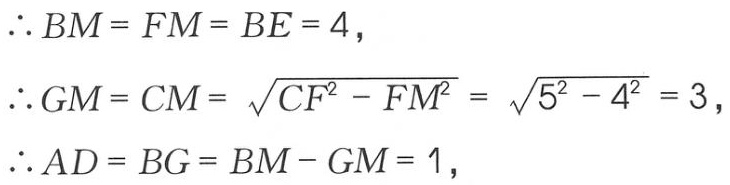
\[\begin{align*}
&\therefore BM = FM = BE = 4,\\
&\therefore GM = CM = \sqrt{CF^{2}-FM^{2}}=\sqrt{5^{2}-4^{2}} = 3,\\
&\therefore AD = BG = BM - GM = 1,
\end{align*}\]